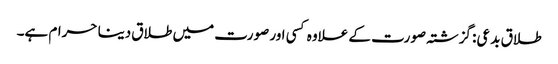
طلاق بدعی: گزشتہ صورت کے علاوہ کسی اور صورت میں طلاق دینا حرام ہے۔